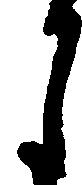
月